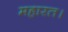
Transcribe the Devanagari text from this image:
महारत।